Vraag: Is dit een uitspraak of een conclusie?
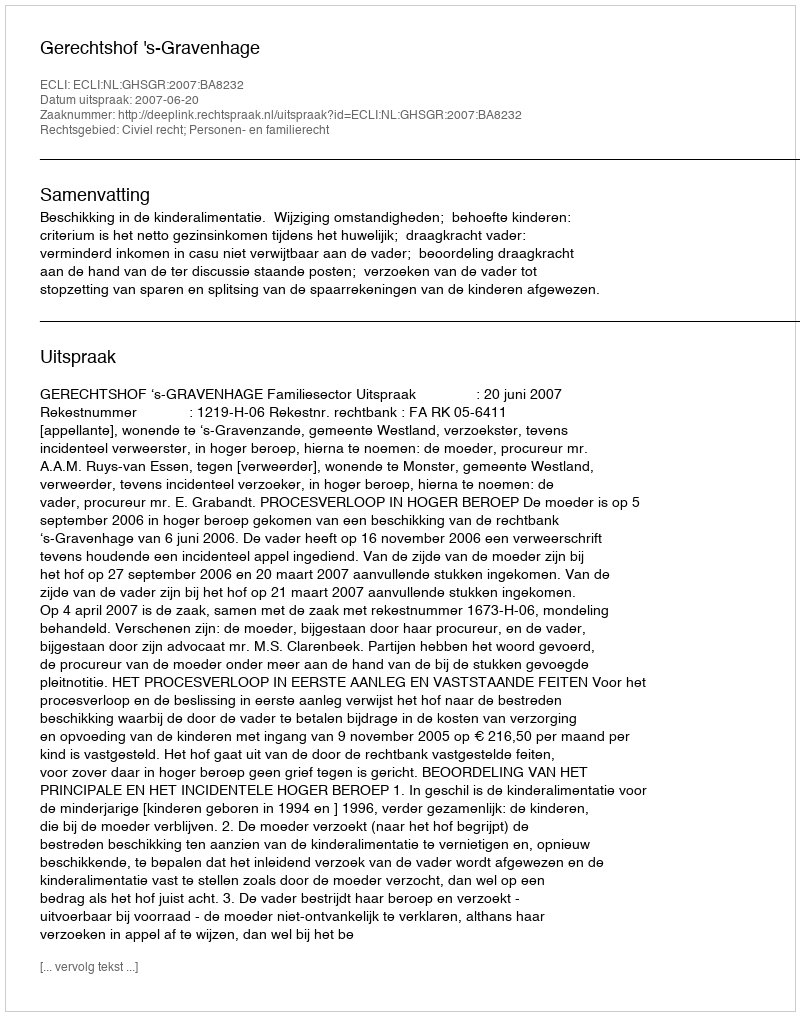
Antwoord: Uitspraak